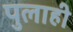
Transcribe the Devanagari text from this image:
पुलाही